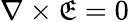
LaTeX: \nabla\times\mathfrak{E}=0